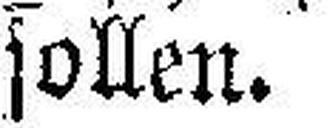
sollen.